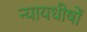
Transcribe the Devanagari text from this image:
न्यायधीषों